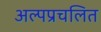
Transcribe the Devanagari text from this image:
अल्पप्रचलित